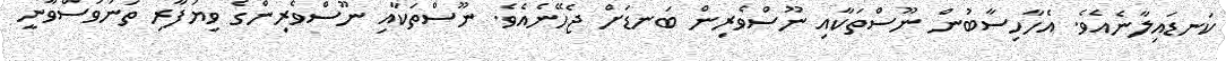
ކަނޑައިލާނެއެވެ. އެހާހިސާބުން ނޫސްތަކާއި ނޫސްވެރިން ބަނޑަށް ޖެހޭނެއެވެ. ނޫސްތަކާއި ނޫސްވެރިންގެ ވިޔަފާރި ތަނަވަސްވާނީ